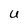
Character: U